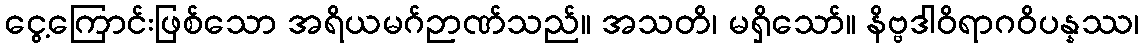
ငွေ့ကြောင်းဖြစ်သော အရိယမဂ်ဉာဏ်သည်။ အသတိ၊ မရှိသော်။ နိဗ္ဗဒါဝိရာဂဝိပန္နဿ၊